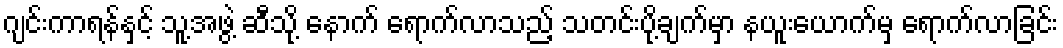
ဂျင်းကာရန်နှင့် သူ့အဖွဲ့ ဆီသို့ နောက် ရောက်လာသည့် သတင်းပို့ချက်မှာ နယူးယောက်မှ ရောက်လာခြင်း